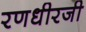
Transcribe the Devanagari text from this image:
रणधीरजी